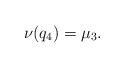
LaTeX: \begin{align*}\nu(q_4)=\mu_3.\end{align*}